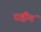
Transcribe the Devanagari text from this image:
राष्ट्रीयं